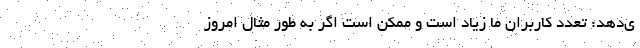
ی‌دهد: تعدد کاربران ما زیاد است و ممکن است اگر به طور مثال امروز